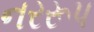
નરરૂપ